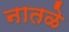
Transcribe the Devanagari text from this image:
नातळे